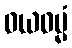
ဝယဓမ္မံ